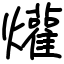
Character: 爟